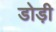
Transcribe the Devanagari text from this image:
डोड़ी